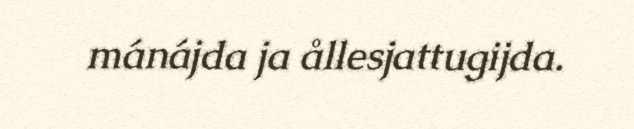
mánájda ja ållesjattugijda.